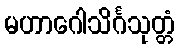
မဟာဂေါသိင်္ဂသုတ္တံ